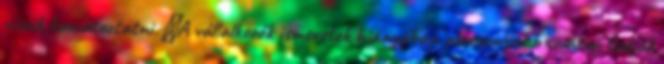
viszik kamatoztatni. ▪A vállalkozók ismeretek hiányában alacsonyabb szinten tudják